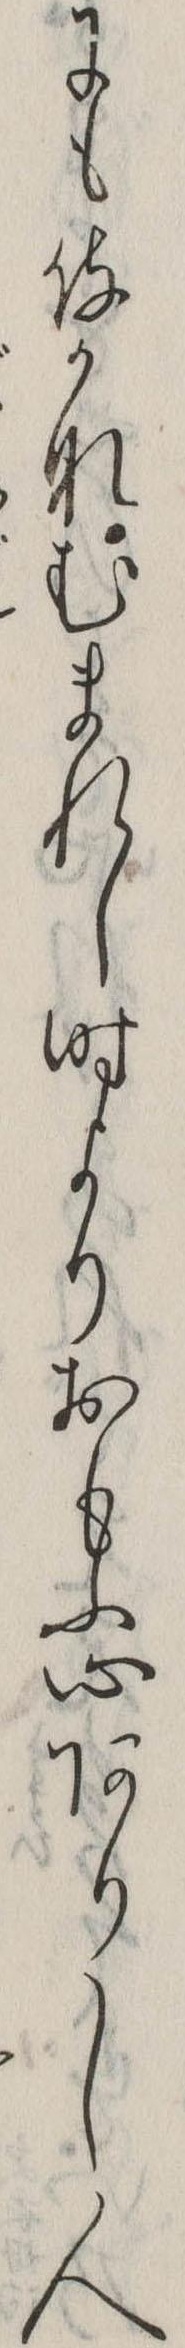
にも侍かなむまれし時よりおもふ心ありし人